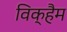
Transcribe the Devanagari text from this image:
विक्हैम